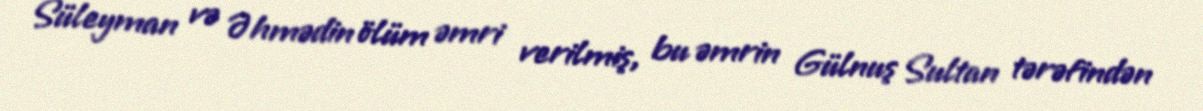
Süleyman və Əhmədin ölüm əmri verilmiş, bu əmrin Gülnuş Sultan tərəfindən